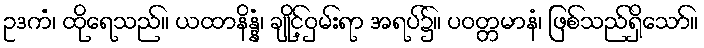
ဥဒကံ၊ ထိုရေသည်။ ယထာနိန္နံ၊ ချိုင့်ဝှမ်းရာ အရပ်၌။ ပဝတ္တမာနံ၊ ဖြစ်သည်ရှိသော်။